Medical and sanitary report on the native army of Bombay for the year
Year: 1878
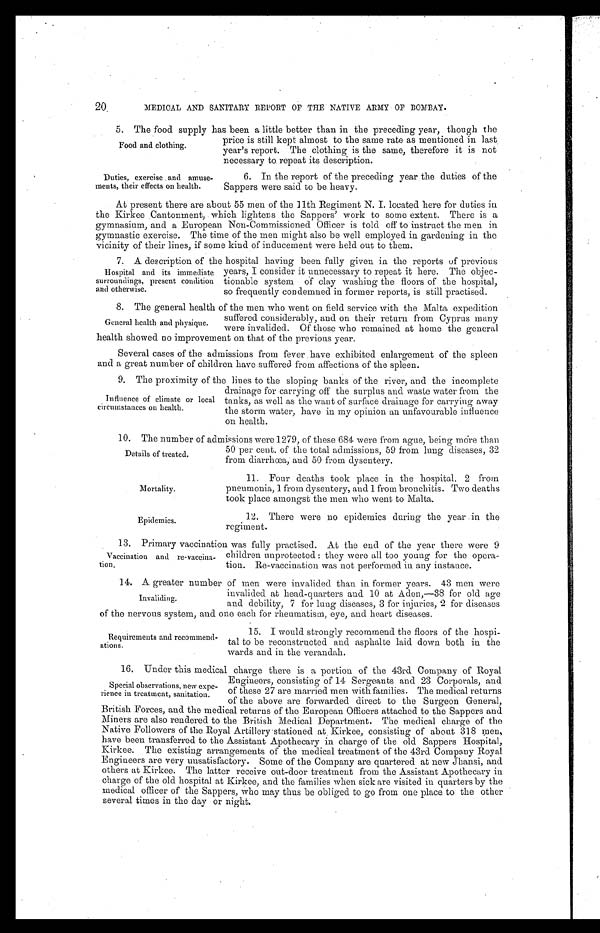
Food and clothing.
Duties, exercise . and amuse-
ments, their effects on health.
Mortality.
Epidemics.
20
MEDICAL AND SANITARY REPORT OF THE NATIVE ARMY OF BOMBAY.
5. The food supply has been a little better than in the preceding year, though the
price is still kept almost to the same rate as mentioned in last.
year's report. The clothing is the same, therefore it is not
necessary to. repeat its description.
6. In the report of the preceding year the duties of the
Sappers were said to be. heavy.
At present there are about 55 men of the 11th Regiment N. I. located here for duties in
the Kirkee . Cantonment, which lightens the Sappers' work to some extent. There is a
gymnasium, and a European Non-Commissioned Officer is told off to instruct the men in
gymnastic exercise. The time of the men might also be well employed in gardening in the
vicinity of their lines, if some kind of inducement were held out to them.
7. A description of the hospital having been fully given in the reports of previous
Hospital and its immediate
surroundings, present condition
and otherwise.
years, I consider it unnecessary to repeat it here. The objec-
tionable system of clay washing the floors of the hospital,
so frequently condemned in former reports, is still practised.
8. The general health of the men who went on field service with the Malta expedition
General health and physique.
suffered considerably, and on their return from Cyprus many
were invalided. Of those who remained at home the general
health showed no improvement on that of the previous year.
Several cases of the admissions from fever . have exhibited enlargement of the spleen
and a great number of children have suffered from affections of the spleen.
9. The proximity of the lines to the sloping banks of the river, and the incomplete
Influence of climate or local
circumstances on health.
drainage for carrying off the surplus and waste water from the
tanks, as well as the want of surface drainage for carrying away
the storm water, have in my opinion an unfavourable influence
on health.
10. The number of admissions were 1279, of these 684 were from ague, being more than
Details of treated.
50 per cent. of the total admissions, 59 from lung diseases, 32
from diarrhoea, an d 50 from dysentery.
11. Four deaths took place in the hospital, 2 from
pneumonia, 1 from dysentery, and 1 from bronchitis. Two deaths
took place amongst the men who went to Malta.
12. There were no epidemics during the year in the
regiment.
13. Primary vaccination was fully practised. At the end of the year there were 9
Vaccination and re- vaccina-
tion .
children unprotected : they were all too young for the opera-
tion. Re-vaccination was not performed in any instance.
14. A greater number of men were invalided than in former years. 43 men were
Invaliding.
invalided at head-quarters and 10 at Aden,—38 for old age
and debility . 7 for lung diseases, 3 for injuries, 2 for diseases
of the nervous system, and one each for rheumatism, eye, and heart diseases.
Requirements and recommend-
ations.
15. I would strongly recommend the floors of the hospi-
tal to be reconstructed and asphalte laid down both in the
wards and in the verandah.
16, Under this medical charge there is a portion of the 43rd Company of Royal
Special observations, new expe-
rience in treatment, sanitation.
Engineers, consisting of 14 Sergeants and 23 Corporals, and
of these 27 are married men with families. The medical returns
of the above are forwarded direct to the Surgeon General,
British Forces, and the medical returns of the European Officers attached to the Sappers and
Miners are also rendered to the British Medical Department. The medical charge of the
Native Followers of the Royal Artillery stationed at . Kirkee, consisting of about 318 men,
have been transferred to the Assistant Apothecary in charge of the old Sappers Hospital,
Kirkee. The existing arrangements of the medical treatment of the 43rd Company Royal
Engineers are very unsatisfactory. Some of the Company are quartered at new Jhansi, and
others at Kirkee. The latter receive out-door treatment from the Assistant Apothecary in
charge of the old hospital at Kirkee, and the families when sick are visited in quarters by the
medical officer of the Sappers, who may thus be obliged to go from one place, to the other
several times in the day or night.